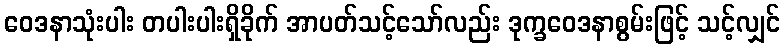
ဝေဒနာသုံးပါး တပါးပါးရှိခိုက် အာပတ်သင့်သော်လည်း ဒုက္ခဝေဒနာစွမ်းဖြင့် သင့်လျှင်